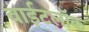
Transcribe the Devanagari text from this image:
वाईटलॉक